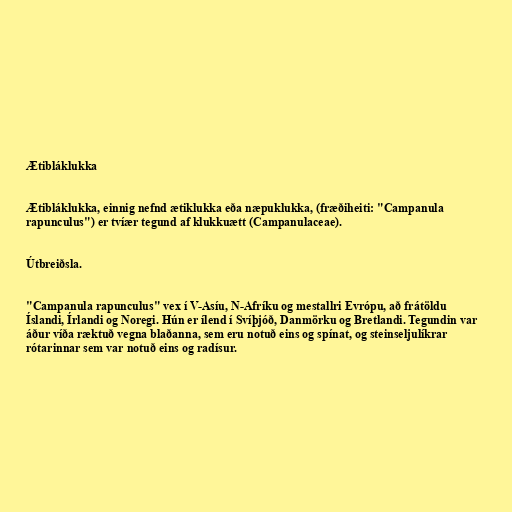
Ætibláklukka

Ætibláklukka, einnig nefnd ætiklukka eða næpuklukka, (fræðiheiti: "Campanula
rapunculus") er tvíær tegund af klukkuætt (Campanulaceae).

Útbreiðsla.

"Campanula rapunculus" vex í V-Asíu, N-Afríku og mestallri Evrópu, að frátöldu
Íslandi, Írlandi og Noregi. Hún er ílend í Svíþjóð, Danmörku og Bretlandi. Tegundin var
áður víða ræktuð vegna blaðanna, sem eru notuð eins og spínat, og steinseljulíkrar
rótarinnar sem var notuð eins og radísur.